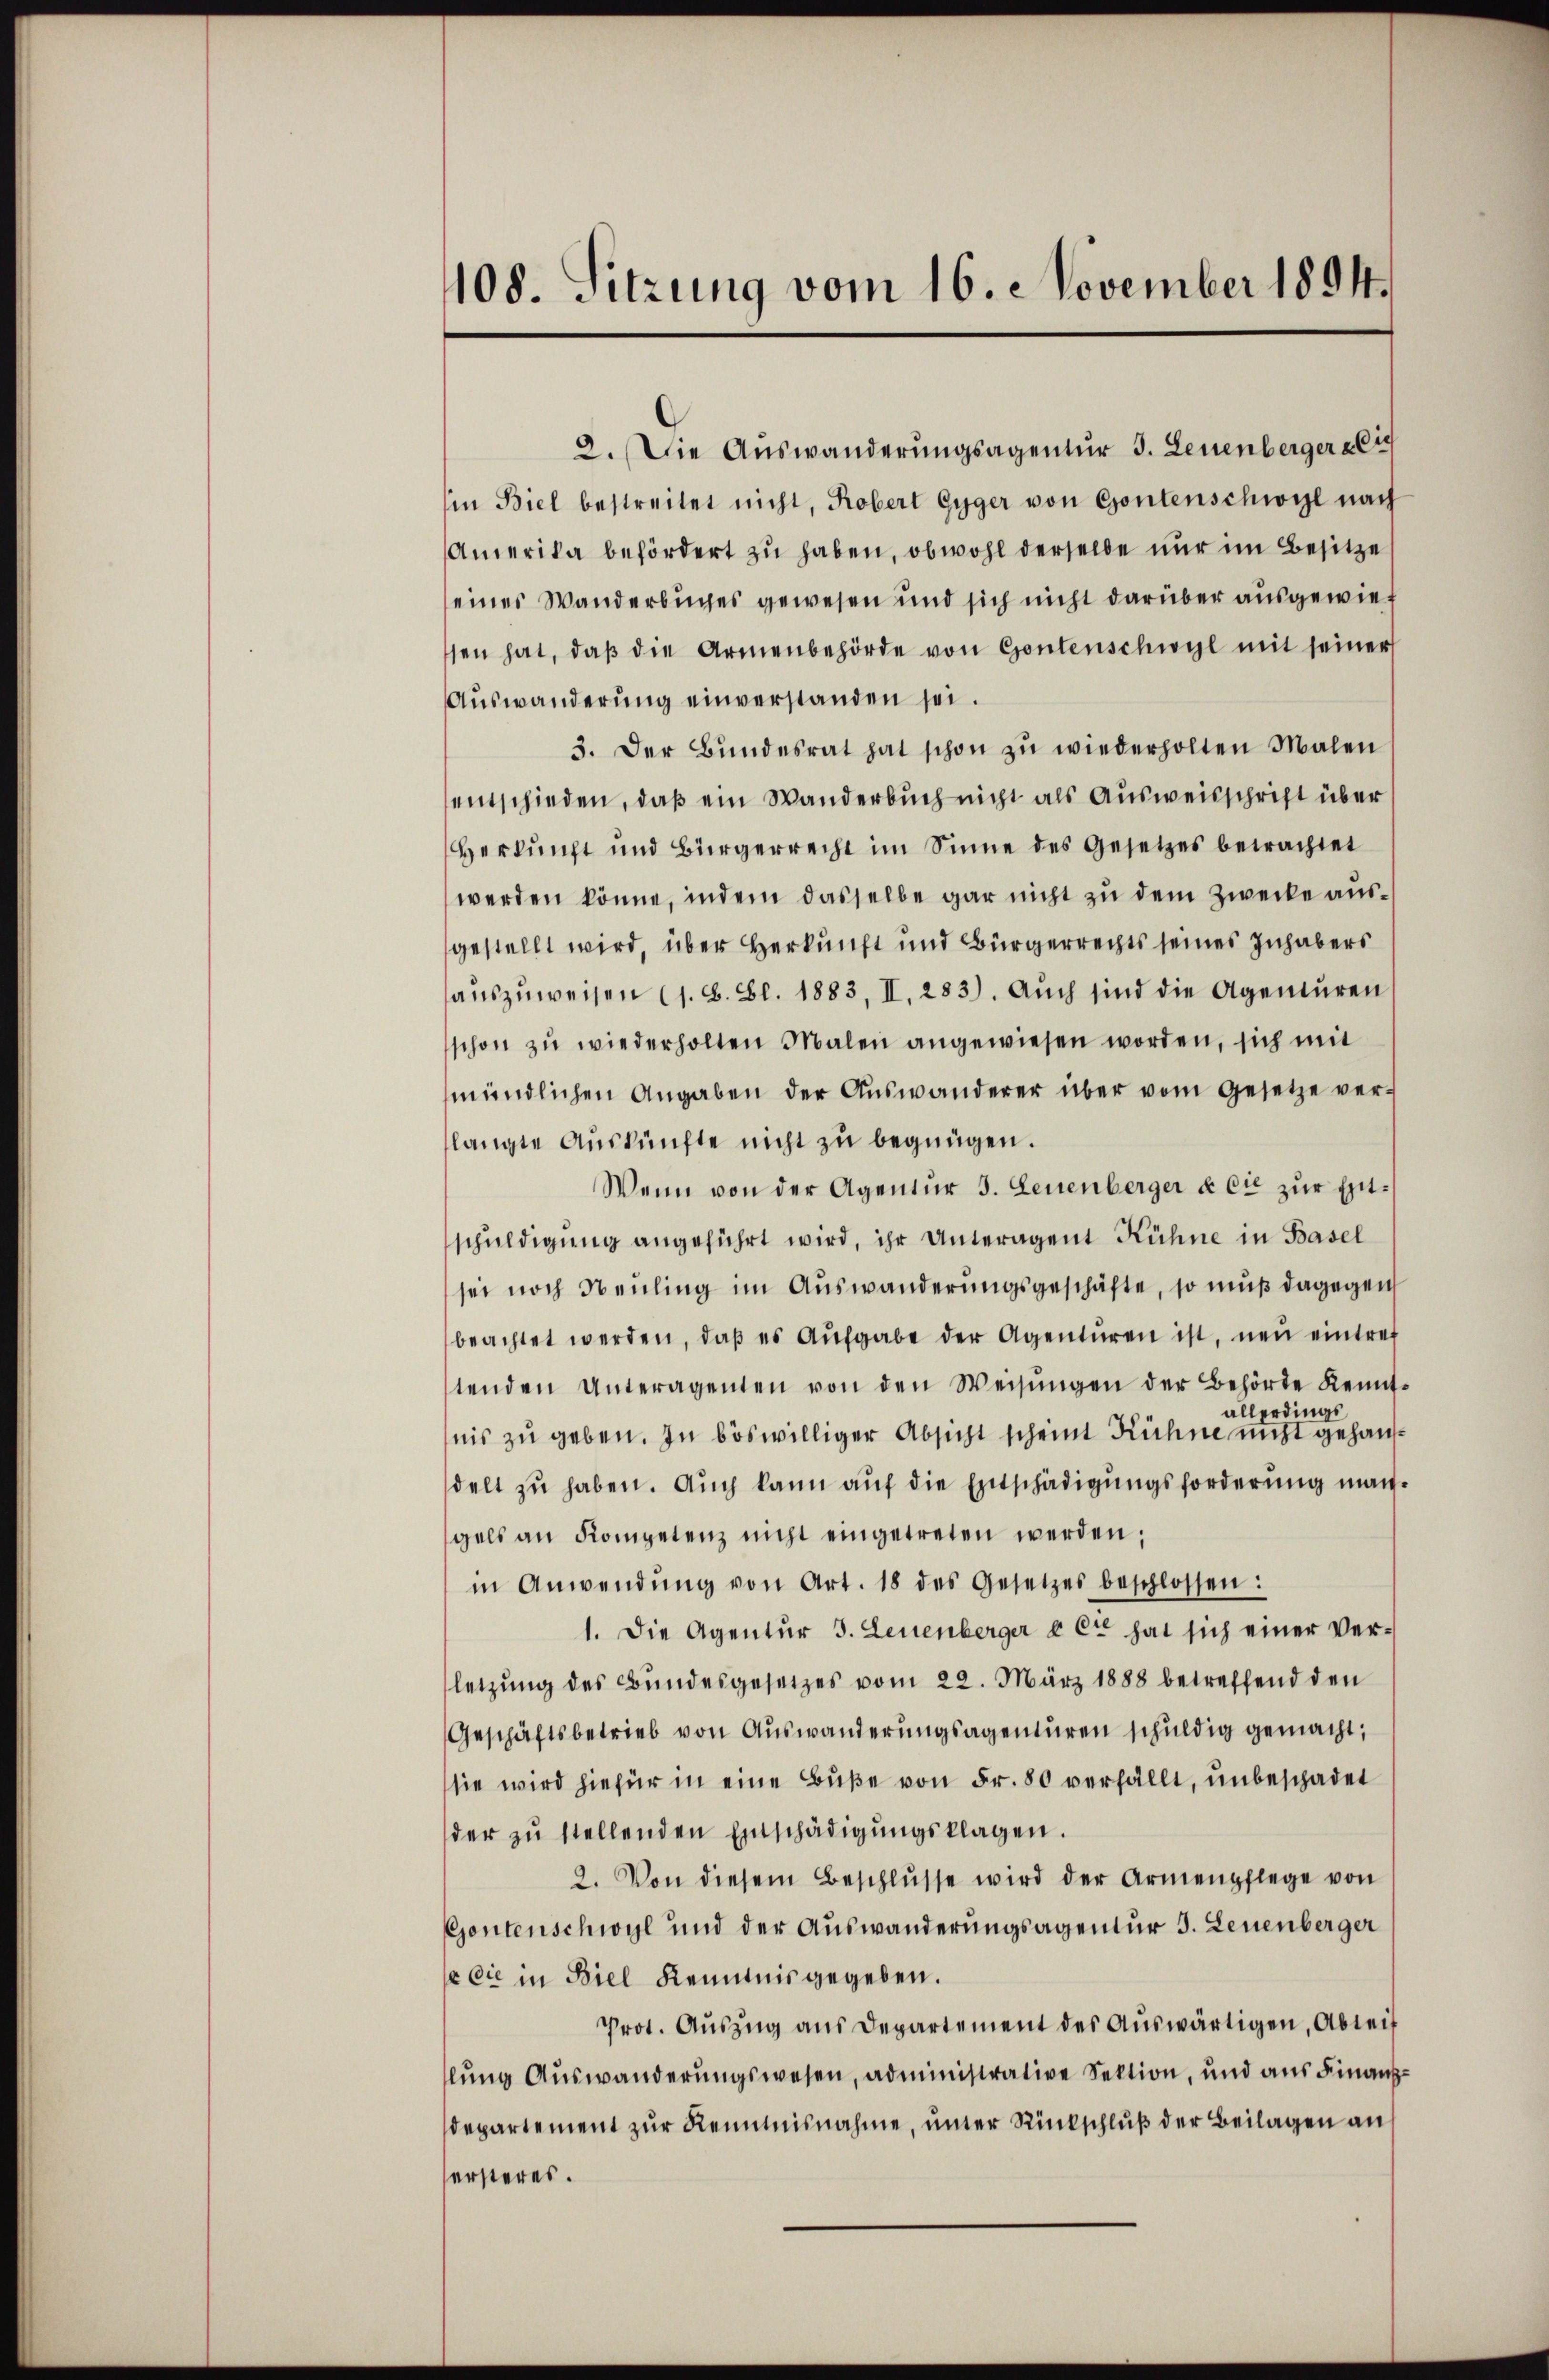
108. Sitzung vom 16. November 1894.

2. Die Auswanderŭngsagentur 3. Leuenbergerlich
in Biel bestreitet nicht, Robert Gyger von Gontenschwyl nach
Amerika befördert zu haben, obwohl derselbe nur im Besitze
eines Wanderbuches gewesen und sich nicht darüber ausgewies
ssen hat, daβ die Armenbehörde von Gontenschwyl mit seiner
Auswanderung einverstanden sei.
3. Der Bŭndesrat hat schon zŭ wiederholten Malen
entschieden, daß ein Wanderbuch nicht als Ausweisschrift über
Herkunft und Bürgerrecht im Sinne des Gesetzes betrachtet
werden könne, indem dasselbe gar nicht zu dem Zwecke ausgestellt wird, über Herkunft und Bürgerrechts seines Inhabers
aŭszŭweisen (s. B. Bl. 1883, II. 283). Aŭch sind die Agentŭren
schon zŭ wiederholten Malen angewiesen worden, sich mit
mündlichen Angaben der Aŭswanderer über vom Gesetze ver-
langte Auskünfte nicht zu begnügen.
Wenn von der Agentur 3. Leuenberger & Cie zur Entschuldigung angeführt wird, ihr Unteragent Kühne in Basel
sei noch Neuling im Auswanderungsgeschäfte, so muß dagegen
beachtet werden, daβ es Aŭsgabe der Agentŭren ist, neŭ eintref
tenden Unteragenten von den Weisŭngen der Behörde Kenntallerdings
nis zu geben. In böswilliger Absicht scheint Rühne nicht gehansdelt zu haben. Auch kann auf die Entschädigungsforderung mangels an Kompetenz nicht eingetreten werden;
in Anwendŭng von Art. 18 des Gesetzes beschlossen:
1. Die Agentur 3. Leuenberger e et hat sich einer Verletzŭng des Bŭndesgesetzes vom 22. März 1888 betreffend den
Geschäftsbetrieb von Auswanderungsagenturen schuldig gemacht,
sie wird hiefür in eine Bŭβe von Fr. 80 verfällt, unbeschadet
der zŭ stellenden Entschädigŭngsklagen.
2. Von diesem Beschlŭsse wird der Armenpflege von
Gontenschwyl und der Auswanderungsagentur 3. Leuenberger
e sie in Biel Kenntnis gegeben.
Prot. Aŭszŭg ans Departement des Aŭswärtigen, Abteif
lung Auswanderungswesen, administrative Sektion, und aus Finanz¬
Departement zur Kenntnisnahme, unter Rückschluß der Beilagen an
ersteres.